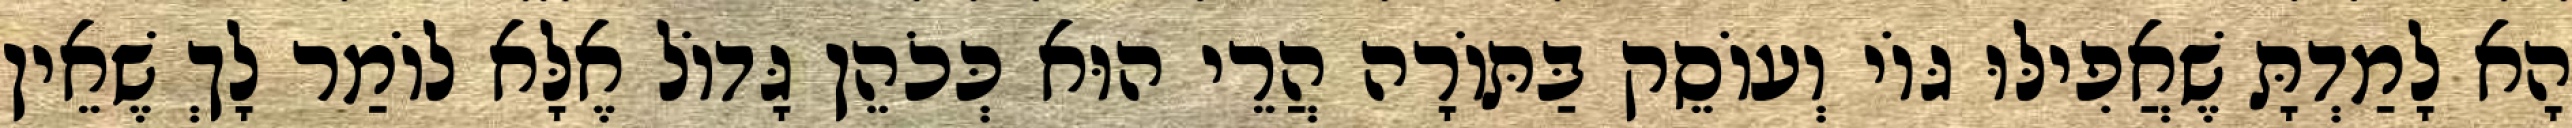
הָא לָמַדְתָּ שֶׁאֲפִילּוּ גּוֹי וְעוֹסֵק בַּתּוֹרָה הֲרֵי הוּא כְּכֹהֵן גָּדוֹל אֶלָּא לוֹמַר לָךְ שֶׁאֵין